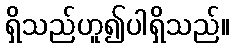
ရှိသည်ဟူ၍ပါရှိသည်။